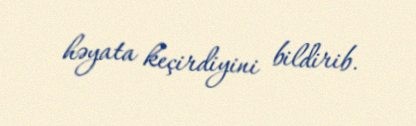
həyata keçirdiyini bildirib.